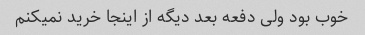
خوب بود ولی دفعه بعد دیگه از اینجا خرید نمیکنم